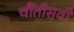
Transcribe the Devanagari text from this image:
चौंतीसवी